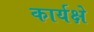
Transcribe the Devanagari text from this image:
कार्यक्षे